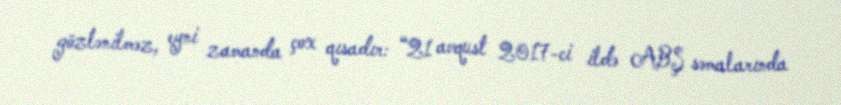
gözlənilməz, eyni zamanda çox qısadır: “21 avqust 2017-ci ildə ABŞ səmalarında